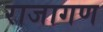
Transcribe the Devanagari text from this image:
राजागण